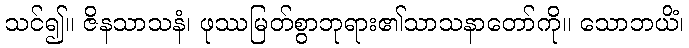
သင်၍။ ဇိနသာသနံ၊ ဖုဿမြတ်စွာဘုရား၏သာသနာတော်ကို။ သောဘယိံ၊